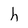
Character: h